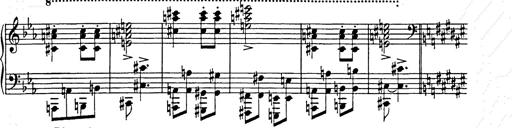
Title: Hungarian Rhapsody No.9
Composer: Franz Liszt
Key: E-flat major